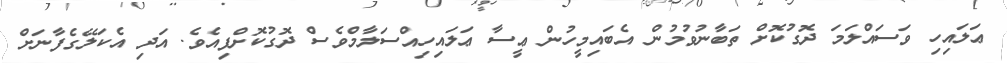
ޢަލައިހި ވަސައްލަމަ ދޮގުކޮށް ތަބާނުވުމުން އެބައިމީހުން ޢީސާ ޢަލައިހިއްސަލާމްވެސް ދޮގުކޮށްފިއެވެ. އަދި އެކަލޭގެފާނަށް